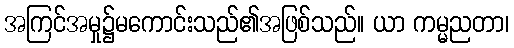
အကြင်အမှု၌မကောင်းသည်၏အဖြစ်သည်။ ယာ ကမ္မညတာ၊